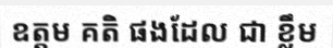
ឧត្តម គតិ ផងដែល ជា ខ្លឹម